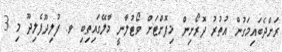
ރަށްދެބައިމަގުން އުތުރު ދޮރޯށިން މިފޮށްޓަށް ވޯޓުލާނީ މާލޭގައިތިބި ވ. ފުލިދޫފެލިދޫ މި 3